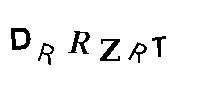
DRRZRT